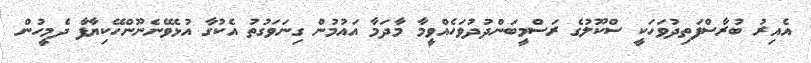
އެއިރު ބުރާސްފަތިދުވަހަކީ ސްކޫލުގެ ރަސްމީބަންދުދުވަހެއްވީމާ މާދަމާ އައުމުން ގިނަވަގުތު އެކުގާ އުޅެވޭނެނޫންހޭކިޔާފާ ދެމީހުން